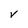
Character: V